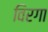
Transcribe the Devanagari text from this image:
विरगा